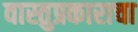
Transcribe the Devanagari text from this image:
वास्तुप्रकाराचा